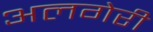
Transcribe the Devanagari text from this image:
अलगेरी